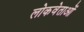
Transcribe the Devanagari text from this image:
लोकवेताओं